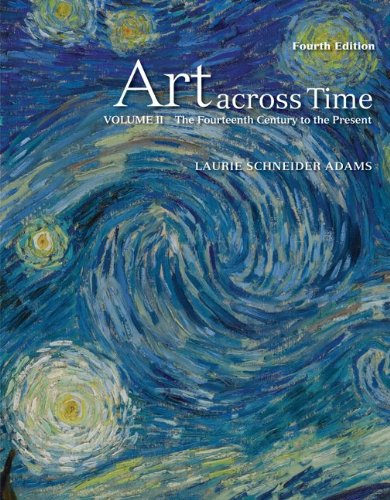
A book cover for Art Across Time, Vol. 2: The Fourteenth Century to the Present, 4th Edition; Laurie Schneider Adams; Arts & Photography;